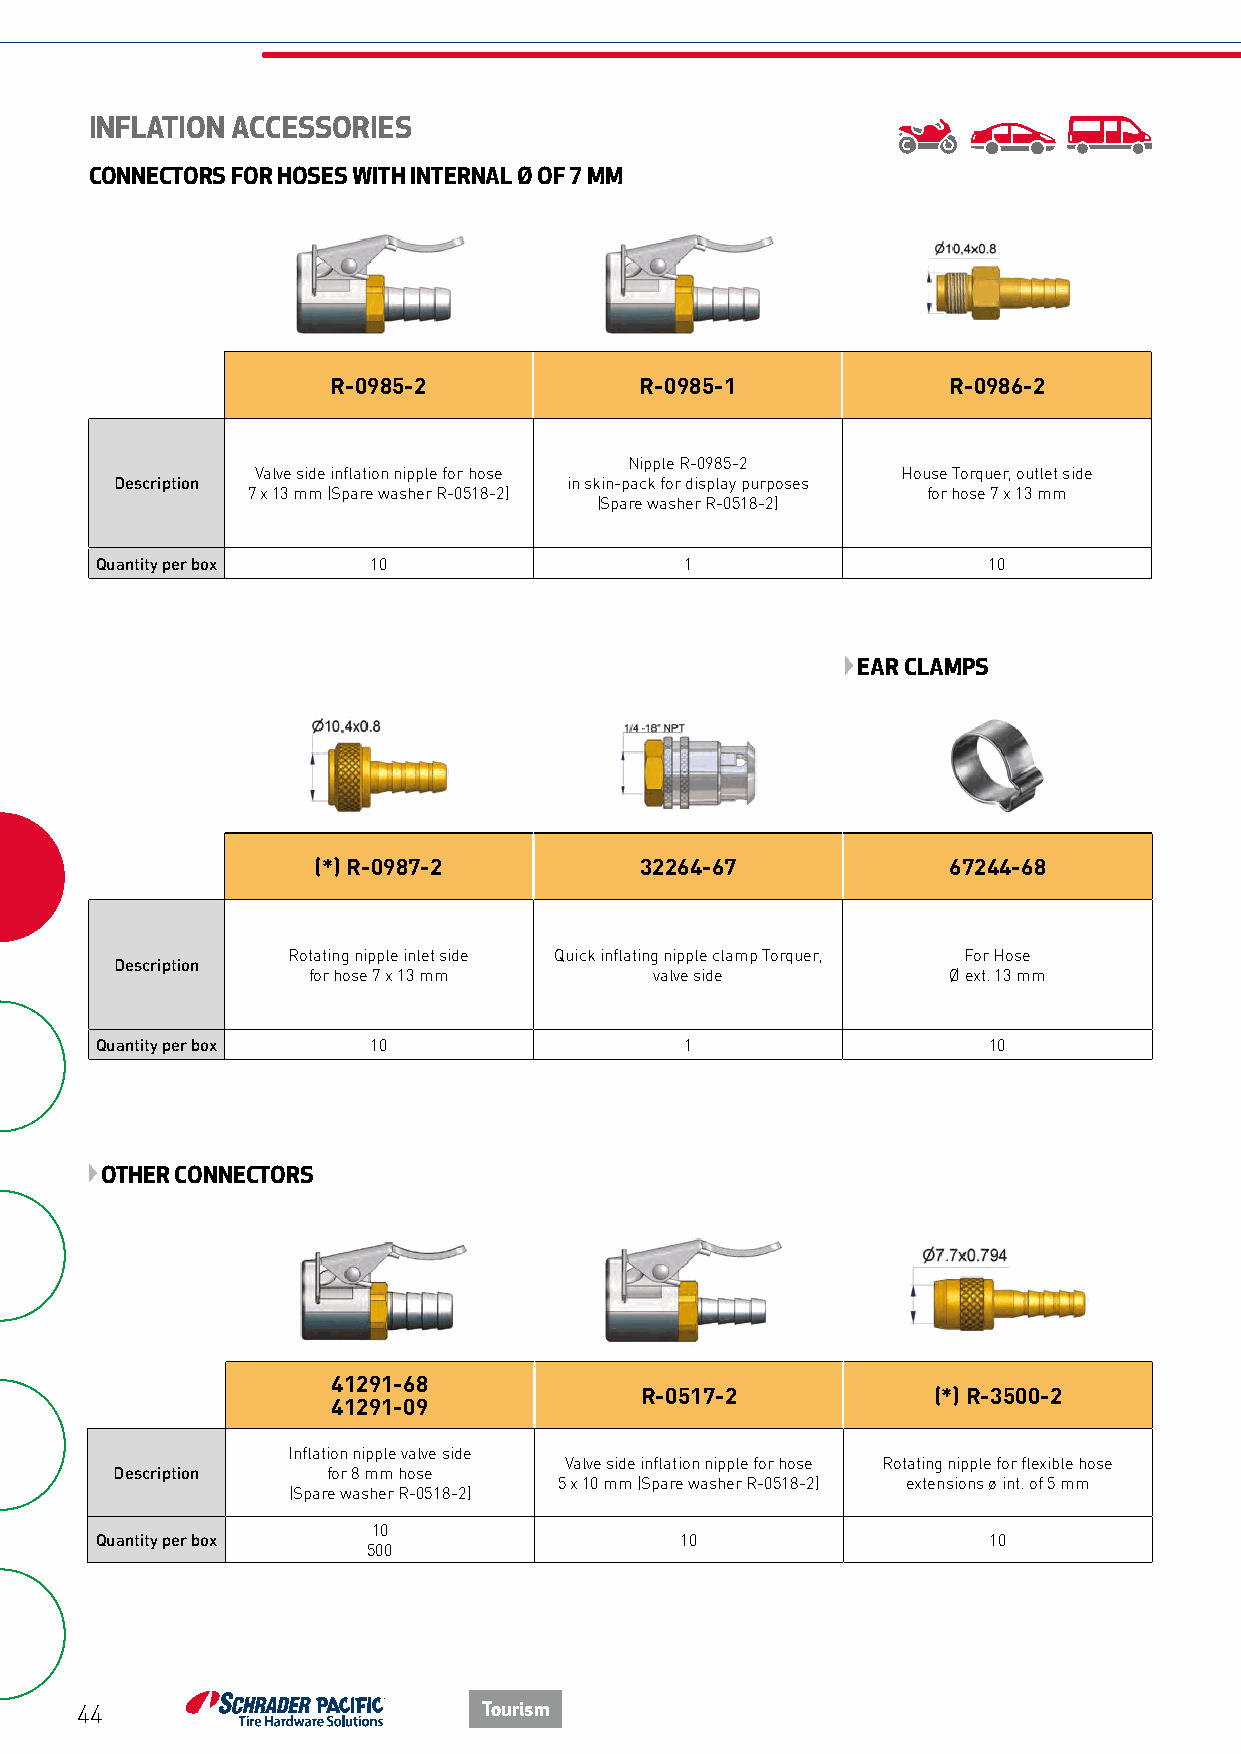
INFLATION ACCESSORIES
 CONNECTORS FOR HOSES WITH INTERNAL Ø OF 7 MM
 R-0985-2            R-0985-1             R-0986-2
 Nipple R-0985-2
 Valve side inflation nipple for hose       House Torquer, outlet side
 Description                  in skin-pack for display purposes
 7 x 13 mm (Spare washer R-0518-2)            for hose 7 x 13 mm
 (Spare washer R-0518-2)
 Quantity per box  10                   1                   10
 EAR CLAMPS
 (*) R-0987-2         32264-67             67244-68
 Rotating nipple inlet side Quick inflating nipple clamp Torquer, For Hose
 Description
 for hose 7 x 13 mm     valve side          Ø ext. 13 mm
 Quantity per box   10                  1                   10
 OTHER CONNECTORS
 41291-68
 R-0517-2            (*) R-3500-2
 41291-09
 Inflation nipple valve side
 Valve side inflation nipple for hose Rotating nipple for flexible hose
 Description   for 8 mm hose
 5 x 10 mm (Spare washer R-0518-2) extensions ø int. of 5 mm
 (Spare washer R-0518-2)
 10
 Quantity per box                       10                  10
 500
 44                         Tourism